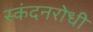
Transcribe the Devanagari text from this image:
स्कंदनरोधी